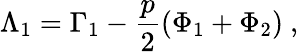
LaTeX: \Lambda_{1}=\Gamma_{1}-\frac{p}{2}\left(\Phi_{1}+\Phi_{2}\right)\ ,